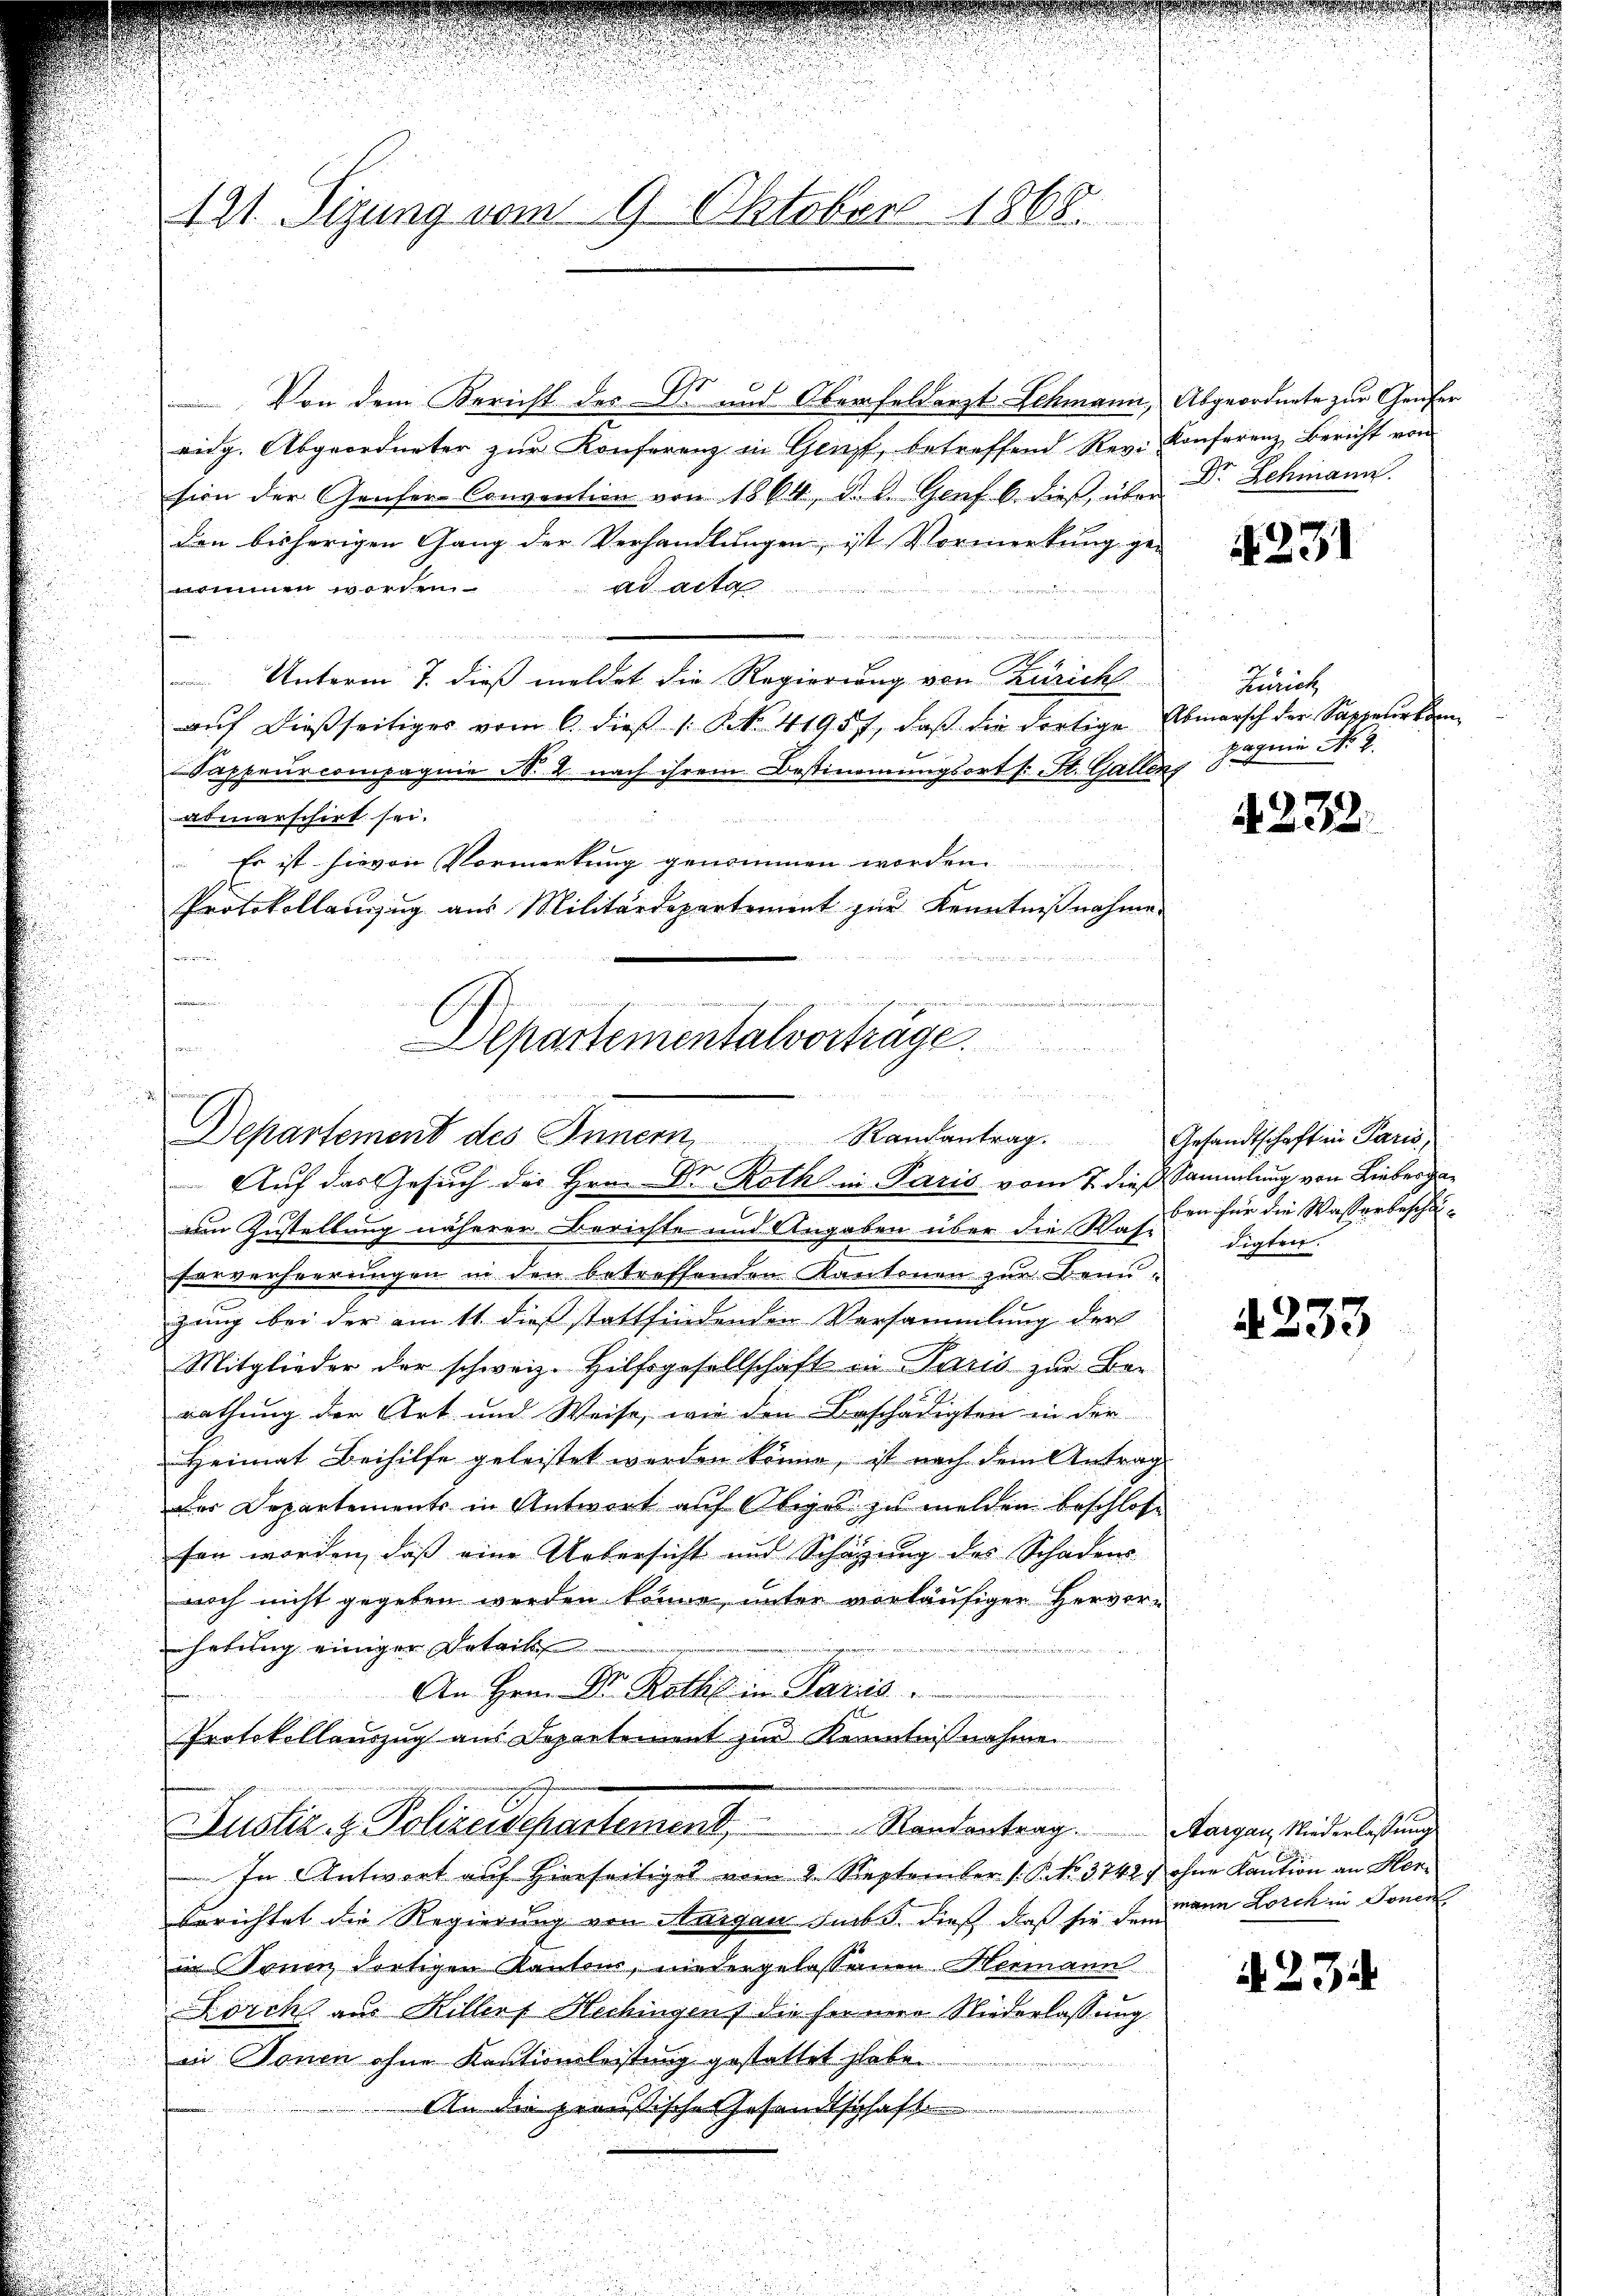
121. Sizung vom 9. Oktober 1868.

Von dem Bericht des Dr. und Oberfelderst Schmann, Abgeordnete zur Genfer
eidg. Abgeordneter zŭr Konferenz in Genzt, betreffend Rev. Konferenz Bericht von
sion der Genfer-Convention von 1864, d. d. Genf b. dieß über Dr. Lehmann.
den bisherigen Gang der Verhandlungen, ist Vormerkung ge-
ad acta
nommen worden
Unterm 7. dieß meldet die Regierung von Zürich
aŭf dießseitiges vom 6. dieβ /: NNo. 41957, daβ die dortige Abmarsch der Sappauerkom
Sappeurcompagnie N. 2 nach ihrem Bestimmungsort s. St. Gallenz
abmarschirt sei.
Er ist hievon Vormerkung genommen worden.
Protokollanzug aus Militärdepartement zur Kenntnißnahme.
Liter

iae einen
Departementalvortrage.
ven
Departement des Innern Randantrag. Gesandtschaft in Paris,

Auf das Gesuch der Hrn. Dr Roth in Paris vom 7. dieß Sammlung von Lieberga¬

am Zustellung näherer Berichte und Angaben über die Rasi
ferverheerungen in den betreffenden Kantonen zur Benuzung bei der am tt dieß stattfindenden Versammlung der
Mitglieder der schweiz. Hilfsgesellschaft in Paris zur Bar-
rathung der Art und Weise, wie den Beschädigten in der
Heimat Beihilfe geleistet werden könne, ist nach dem Antrag
der Departements in Antwort auf Obiges zu melden beschlos
fen worden, daß eine Uebersicht und Schätzung des Schadens
noch nicht gegeben werden könne, unter vorläufigen Hervorhebung einiger Detail
a
An Hrn. Dr. Rothis in Paris.
Protokollenzug aus Departement zur Kenntnißnahmen
Justiz- & Polizeidepartement . . . . . . . .   Kantantrag .   Mangen, Niederlassung
In Antwort auf Hierseitiget vom 2. September (: P. No. 3742 ohne Kaution an Herberichtet die Regierung von Aargau Subs, dieß daß sie dann Lorchen Tonenin Sonen dortigen Kantons, niedergelassenen Hermann
Lorchs aus Killers Hechingen die ferner Niederlassung.
in Sonen ohne Kautionsleitung gestattet habe.
An die preußische Gesandtschaft
u

A 231

Zürich
pagnie No. 2.

d. 232.

ben für die Wasserbeschädigten.

4233

A 234